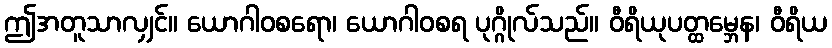
ဤအတူသာလျှင်။ ယောဂါဝစရော၊ ယောဂါဝစရ ပုဂ္ဂိုလ်သည်။ ဝီရိယုပတ္ထမ္ဘေန၊ ဝီရိယ